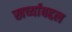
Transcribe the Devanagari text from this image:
खर्च्याबद्दल